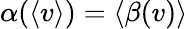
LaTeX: \alpha(\langle v\rangle)=\langle\beta(v)\rangle